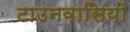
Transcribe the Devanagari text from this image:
टाउनवासियों